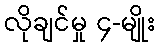
လိုချင်မှု ၄-မျိုး